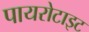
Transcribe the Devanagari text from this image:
पायरोटाइट